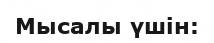
Мысалы үшін: